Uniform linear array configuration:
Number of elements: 32
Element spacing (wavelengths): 1
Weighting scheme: blackman
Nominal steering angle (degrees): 45
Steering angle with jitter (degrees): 44.547
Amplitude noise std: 0.05
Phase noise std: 0.05

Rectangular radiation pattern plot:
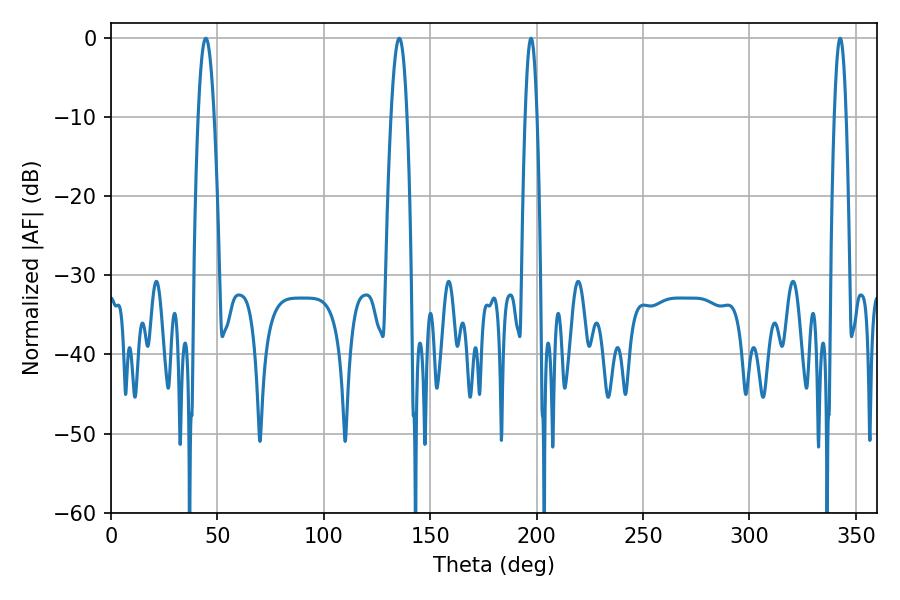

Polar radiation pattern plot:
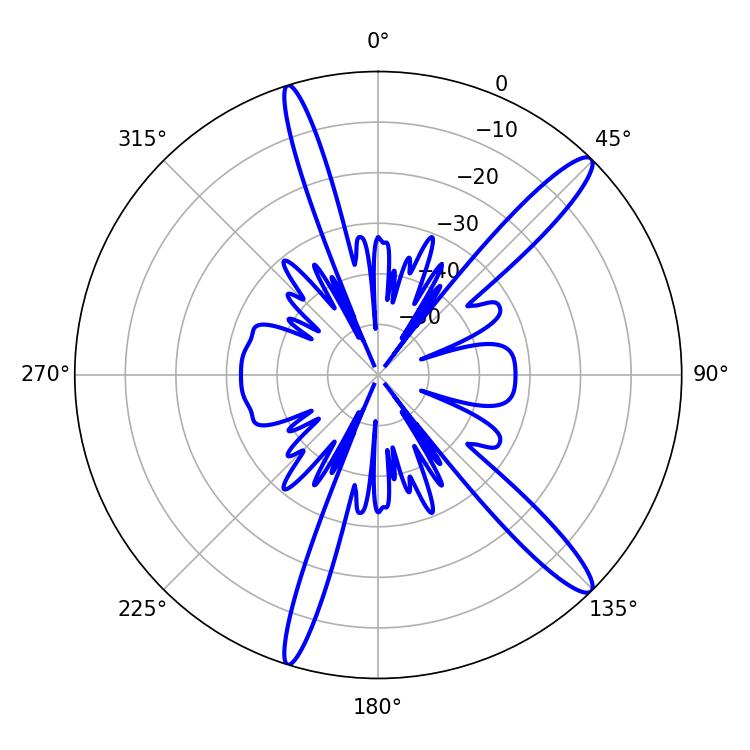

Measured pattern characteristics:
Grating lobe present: TRUE
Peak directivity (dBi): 14.254
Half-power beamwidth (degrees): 4.14
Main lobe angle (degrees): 44.46